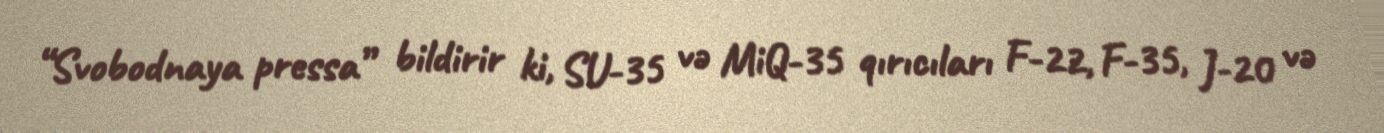
“Svobodnaya pressa” bildirir ki, SU-35 və MiQ-35 qırıcıları F-22, F-35, J-20 və